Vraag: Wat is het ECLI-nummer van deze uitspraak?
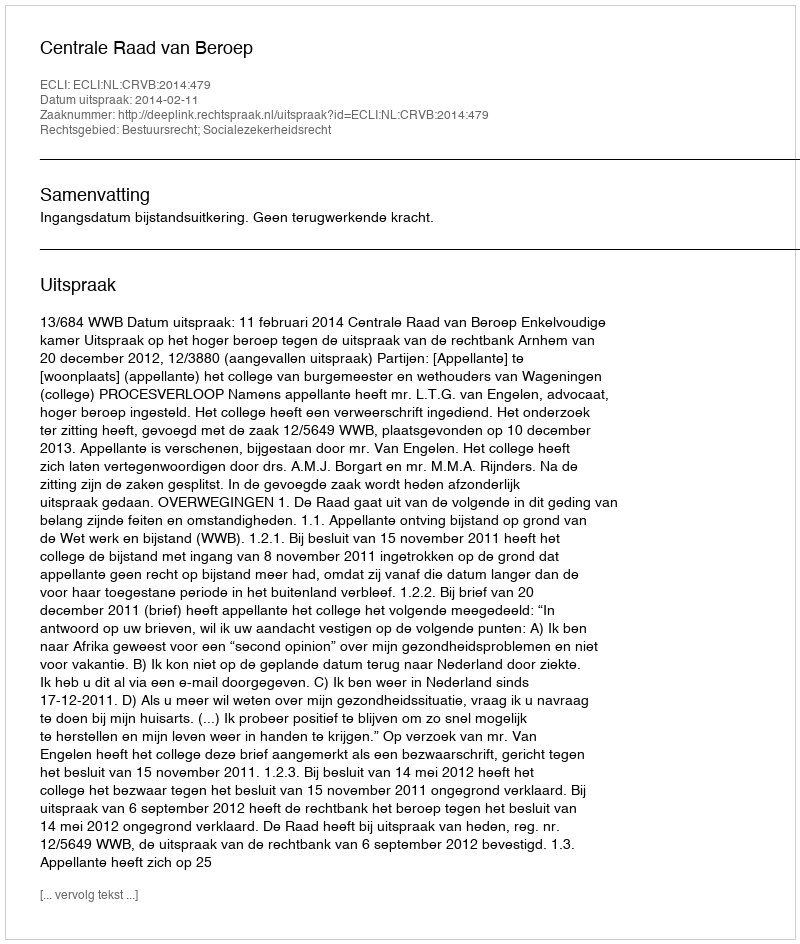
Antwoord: ECLI:NL:CRVB:2014:479